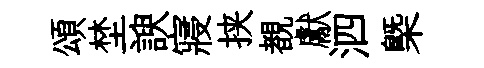
頌埜諛寢挟覩獻泗㮣